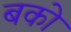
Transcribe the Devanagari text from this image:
बको